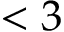
< 3